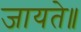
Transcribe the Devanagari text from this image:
जायते॥